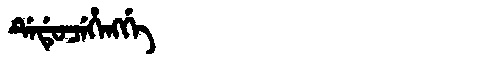
Manchu: ᡩᡝᡩᡠᠴᡝᡥᡝᠩᡤᡝ
Romanization: DEDUCEHENGGE